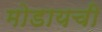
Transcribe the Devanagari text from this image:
मोडायची